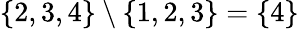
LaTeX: \{ 2,3,4\} \setminus\{ 1,2,3\} =\{ 4\}